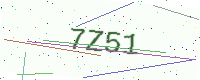
Text: 7Z51